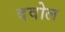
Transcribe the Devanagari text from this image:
दवोल